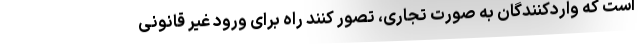
است که واردکنندگان به صورت تجاری، تصور کنند راه برای ورود غیر قانونی